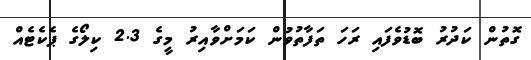
ގޮތުން ކަދުރު ބޮޑުވެފައި ރަހަ ތަފާތުވުން ކަމަށްވާއިރު މީގެ 2.3 ކިލޯގެ ޕެކެޓެއް